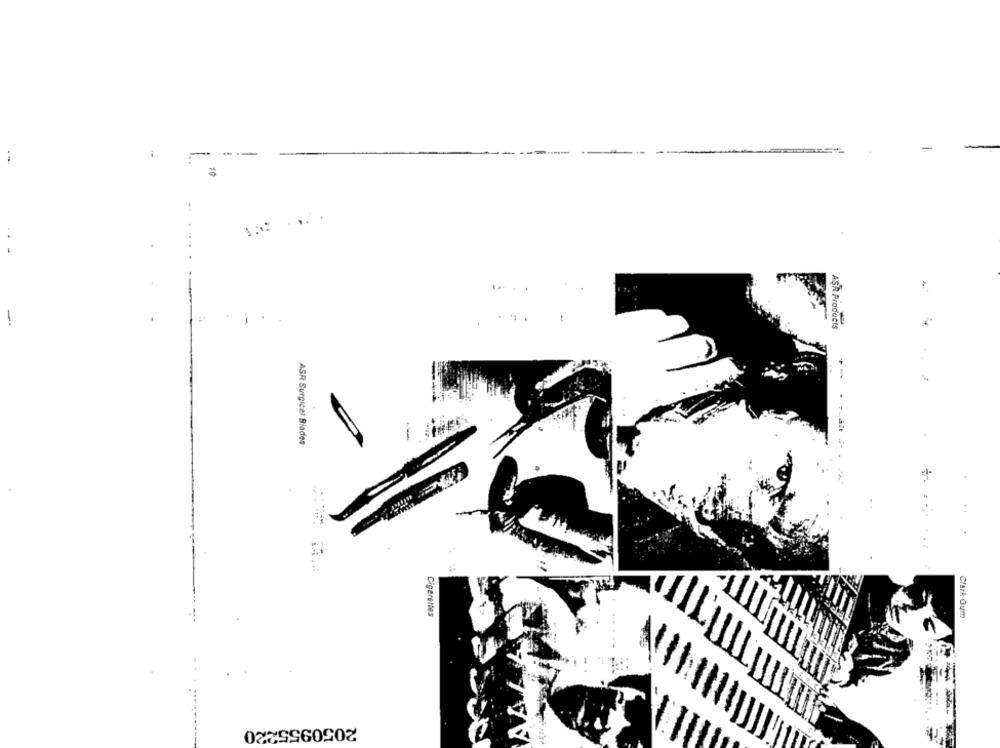
-
--
-
Products
--
ASR Surgical Blades
Cigarettes
Clark Qum
2050955220